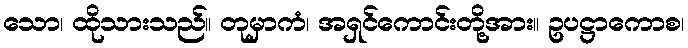
သော၊ ထိုသားသည်။ တုမှာကံ၊ အရှင်ကောင်းတို့အား။ ဥပဋ္ဌာကောစ၊